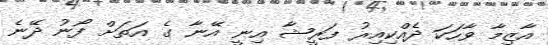
އާޒިމާ ވާހަކަ ދެއްކިއިރު ފަރީޝާ އިނީ އޭނާ ގެ އަތަށް ފޯނު ދޭނެ